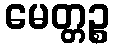
မေတ္တဉ္စ